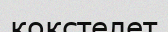
кокстелет